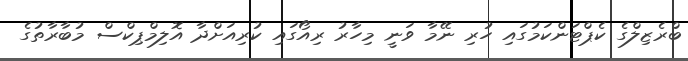
ބްރެޒިލްގެ ކެޕްޓަންކަމުގައި ހުރި ނޭމާ ވަނީ މިހާރު ރިއޯގައި ކުރިއަށްދާ އޮލިމްޕިކްސް މުބާރާތުގެ